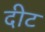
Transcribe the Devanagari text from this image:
दीट